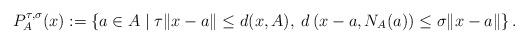
LaTeX: \begin{align*}P_{A}^{\tau,\sigma}(x):= \left\{a\in A \mid \tau \|x-a\|\le d(x,A),\; d\left(x-a,N_A(a)\right)\le \sigma\|x-a\|\right\}.\end{align*}